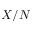
X / N